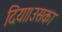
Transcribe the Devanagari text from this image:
दिया।उसका